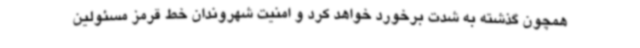
همچون گذشته به شدت برخورد خواهد کرد و امنیت شهروندان خط قرمز مسئولین